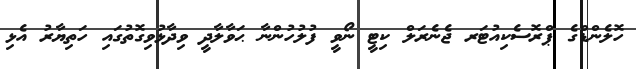
ހޮލެންޑްގެ ޕްރޮސެކިއުޓަރ ޖެނެރަލް ކިޓީ ނޯވީ ފުލުހުންނާ ޙަވާލާދީ ވިދާޅުވިގޮތުގައި ހަތިޔާރު އެޅި